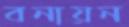
বনায়ন